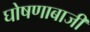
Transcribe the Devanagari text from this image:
घोषणाबाजी